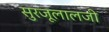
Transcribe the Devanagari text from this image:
सुरजूलालजी